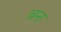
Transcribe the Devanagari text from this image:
ब्रन